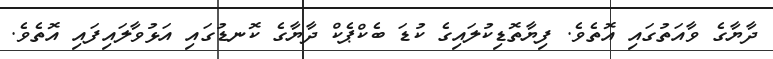
ދާޔާގެ ވާއަތުގައި އޮތެވެ. ފިޔާތޮޑިކުލައިގެ ކުޑަ ބެކްޕެކް ދާޔާގެ ކޮނޑުގައި އަޅުވާލައިފައި އޮތެވެ.